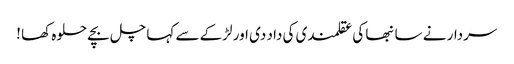
سردار نے سانبھا کی عقلمندی کی داد دی اور لڑکے سے کہا چل بچے حلوہ کھا !